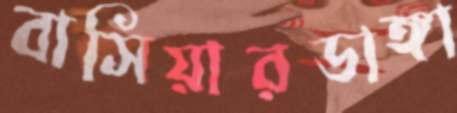
বাসিয়ারডাঙ্গা